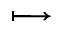
\longmapsto